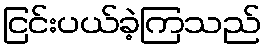
ငြင်းပယ်ခဲ့ကြသည်